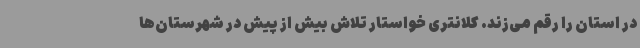
در استان را رقم می‌زند. کلانتری خواستار تلاش بیش از پیش در شهرستان‌ها